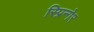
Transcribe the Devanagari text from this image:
स्प्रिन्गेर